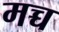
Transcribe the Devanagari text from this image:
मच्च